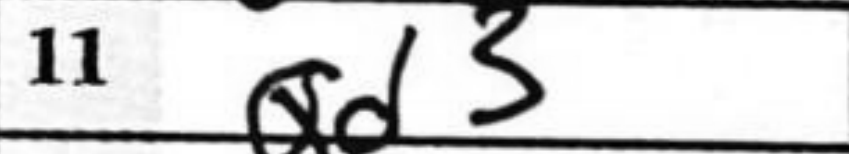
Transcription: Qd3